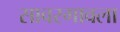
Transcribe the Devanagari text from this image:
सावरगावला